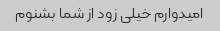
امیدوارم خیلی زود از شما بشنوم